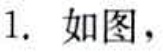
1. 如图，